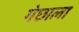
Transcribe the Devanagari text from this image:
गेछाला